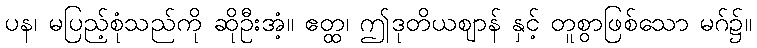
ပန၊ မပြည့်စုံသည်ကို ဆိုဦးအံ့။ ဧတ္ထ၊ ဤဒုတိယဈာန် နှင့် တူစွာဖြစ်သော မဂ်၌။